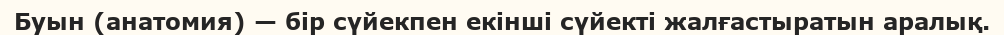
Буын (анатомия) — бір сүйекпен екінші сүйекті жалғастыратын аралық.